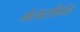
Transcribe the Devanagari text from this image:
मेलार्सोप्रॉल